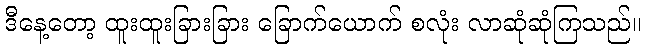
ဒီနေ့တော့ ထူးထူးခြားခြား ခြောက်ယောက် စလုံး လာဆုံဆုံကြသည်။